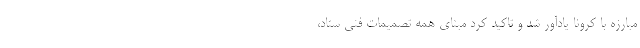
مبارزه با کرونا یادآور شد و تاکید کرد مبنای همه تصمیمات فنی ستاد،